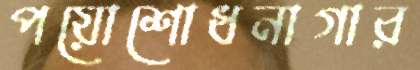
পয়োশোধনাগার